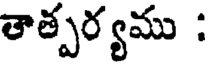
తాత్పర్యము :